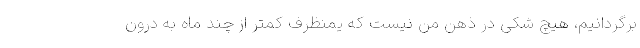
برگردانیم، هیچ شکی در ذهن من نیست که یمنظرف کمتر از چند ماه به درون